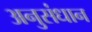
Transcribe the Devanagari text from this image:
अनुसंधान